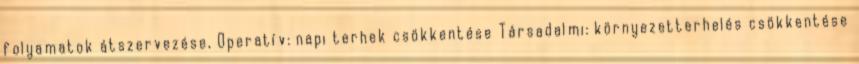
folyamatok átszervezése, Operatív: napi terhek csökkentése Társadalmi: környezetterhelés csökkentése